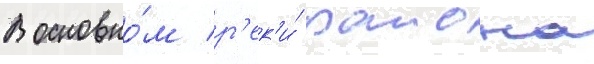
В основно́м р'ек'и́ раиона